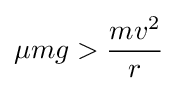
\mu mg>{mv^{2} \over r}